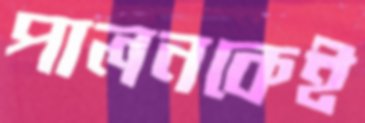
পালনকেই